Leaving Certificate Examination (including Day School Certificate (Higher) General paper), 1932
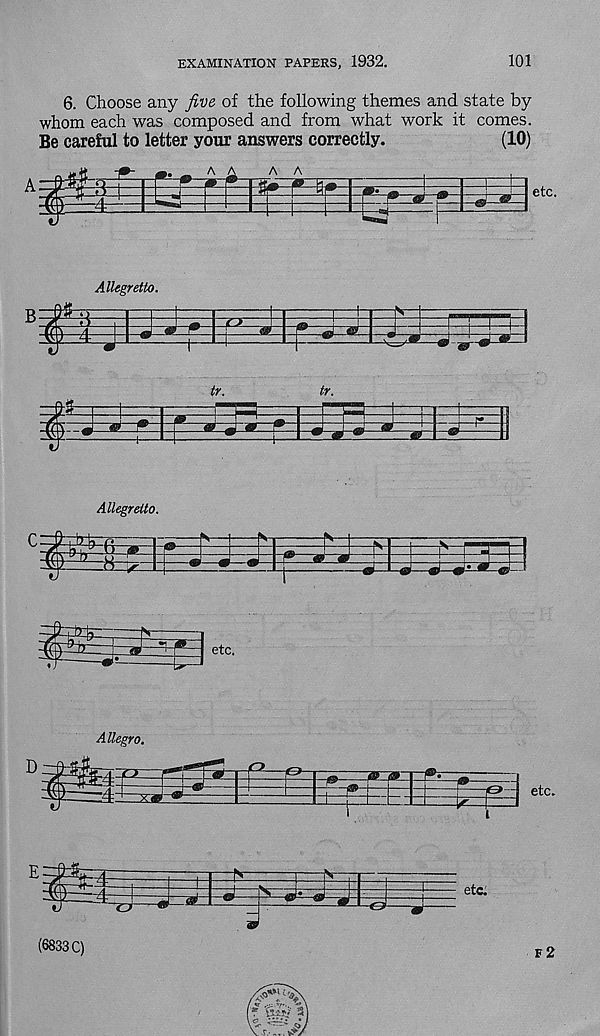
EXAMINATION PAPERS, 1932.
101
6. Choose any five of the following themes and state by
whom each was composed and from what work it comes.
Be careful to letter your answers correctly.
(10)
Allegretto.
tr.
tr.
1
■ js£=i>z
AttegreUo.
S—)
!S
l